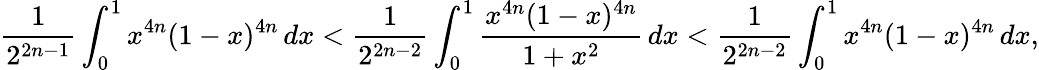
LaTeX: {\frac{1}{2^{2n-1}}}\int_{0}^{1}x^{4n}(1-x)^{4n}\, dx<{\frac{1}{2^{2n-2}}}\int_{0}^{1}{\frac{x^{4n}(1-x)^{4n}}{1+x^{2}}}\, dx<{\frac{1}{2^{2n-2}}}\int_{0}^{1}x^{4n}(1-x)^{4n}\, dx,